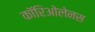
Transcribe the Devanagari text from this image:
कॉरिओलेनस